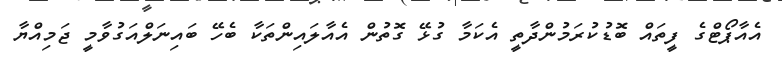
އެއާޕޯޓްގެ ފީތައް ބޮޑުކުރަމުންދާތީ އެކަމާ ގުޅޭ ގޮތުން އެއާލައިންތަކާ ބެހޭ ބައިނަލްއަގުވާމީ ޖަމިއްޔާ